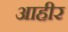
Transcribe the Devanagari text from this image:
आहीर